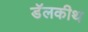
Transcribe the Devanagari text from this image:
डॅलकीथ